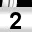
Digit: 2